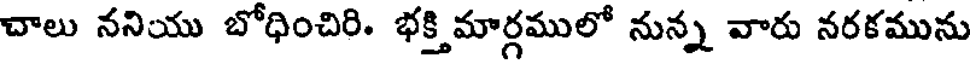
చాలు ననియు బోధించిరి. భక్తి మార్గములో నున్న వారు నరకమును